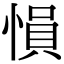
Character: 愪